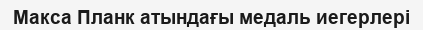
Макса Планк атындағы медаль иегерлері